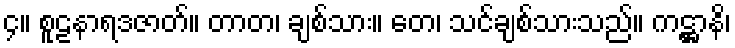
၄။ စူဠနာရဒဇာတ်။ တာတ၊ ချစ်သား။ တေ၊ သင်ချစ်သားသည်။ ကဋ္ဌာနိ၊